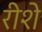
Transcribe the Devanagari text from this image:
रीशे